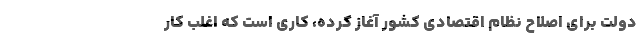
دولت برای اصلاح نظام اقتصادی کشور آغاز کرده، کاری است که اغلب کار